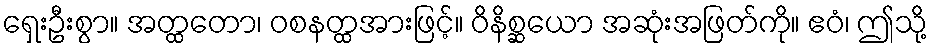
ရှေးဦးစွာ။ အတ္ထတော၊ ဝစနတ္ထအားဖြင့်။ ဝိနိစ္ဆယော အဆုံးအဖြတ်ကို။ ဧဝံ၊ ဤသို့